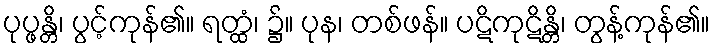
ပုပ္ဖန္တိ၊ ပွင့်ကုန်၏။ ရတ္ထံ၊ ၌။ ပုန၊ တစ်ဖန်။ ပဋိကုဋိန္တိ၊ တွန့်ကုန်၏။